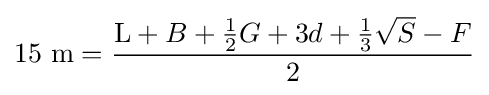
15~{\mbox{m}}={\frac {{\textrm {L}}+B+{\frac {1}{2}}G+3d+{\frac {1}{3}}{\sqrt {S}}-F}{2}}